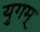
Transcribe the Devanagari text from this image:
युगम्